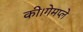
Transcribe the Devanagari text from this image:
की।गेमप्ले